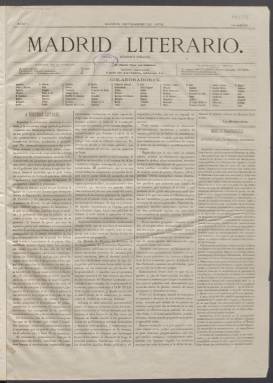
Título: Madrid literario (Madrid. 1876)
Colección: Cultura || Literatura
Ámbito geográfico: Madrid
Lugar de publicación: Madrid
Fechas: 01/01/1876-21/04/1878